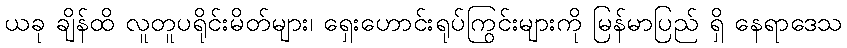
ယခု ချိန်ထိ လူတူပရိုင်းမိတ်များ၊ ရှေးဟောင်းရုပ်ကြွင်းများကို မြန်မာပြည် ရှိ နေရာဒေသ